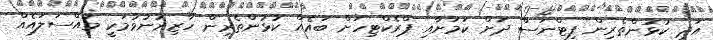
އަދި ކުޅުންތެރިން ފިޓްނަސް ދަށް ކަމަށާއި ޕްރެކްޓިހަށް ބައެއް ކުޅުންތެރިން ހާޒިރުނުވުމަކީ މައްސަލައެއް